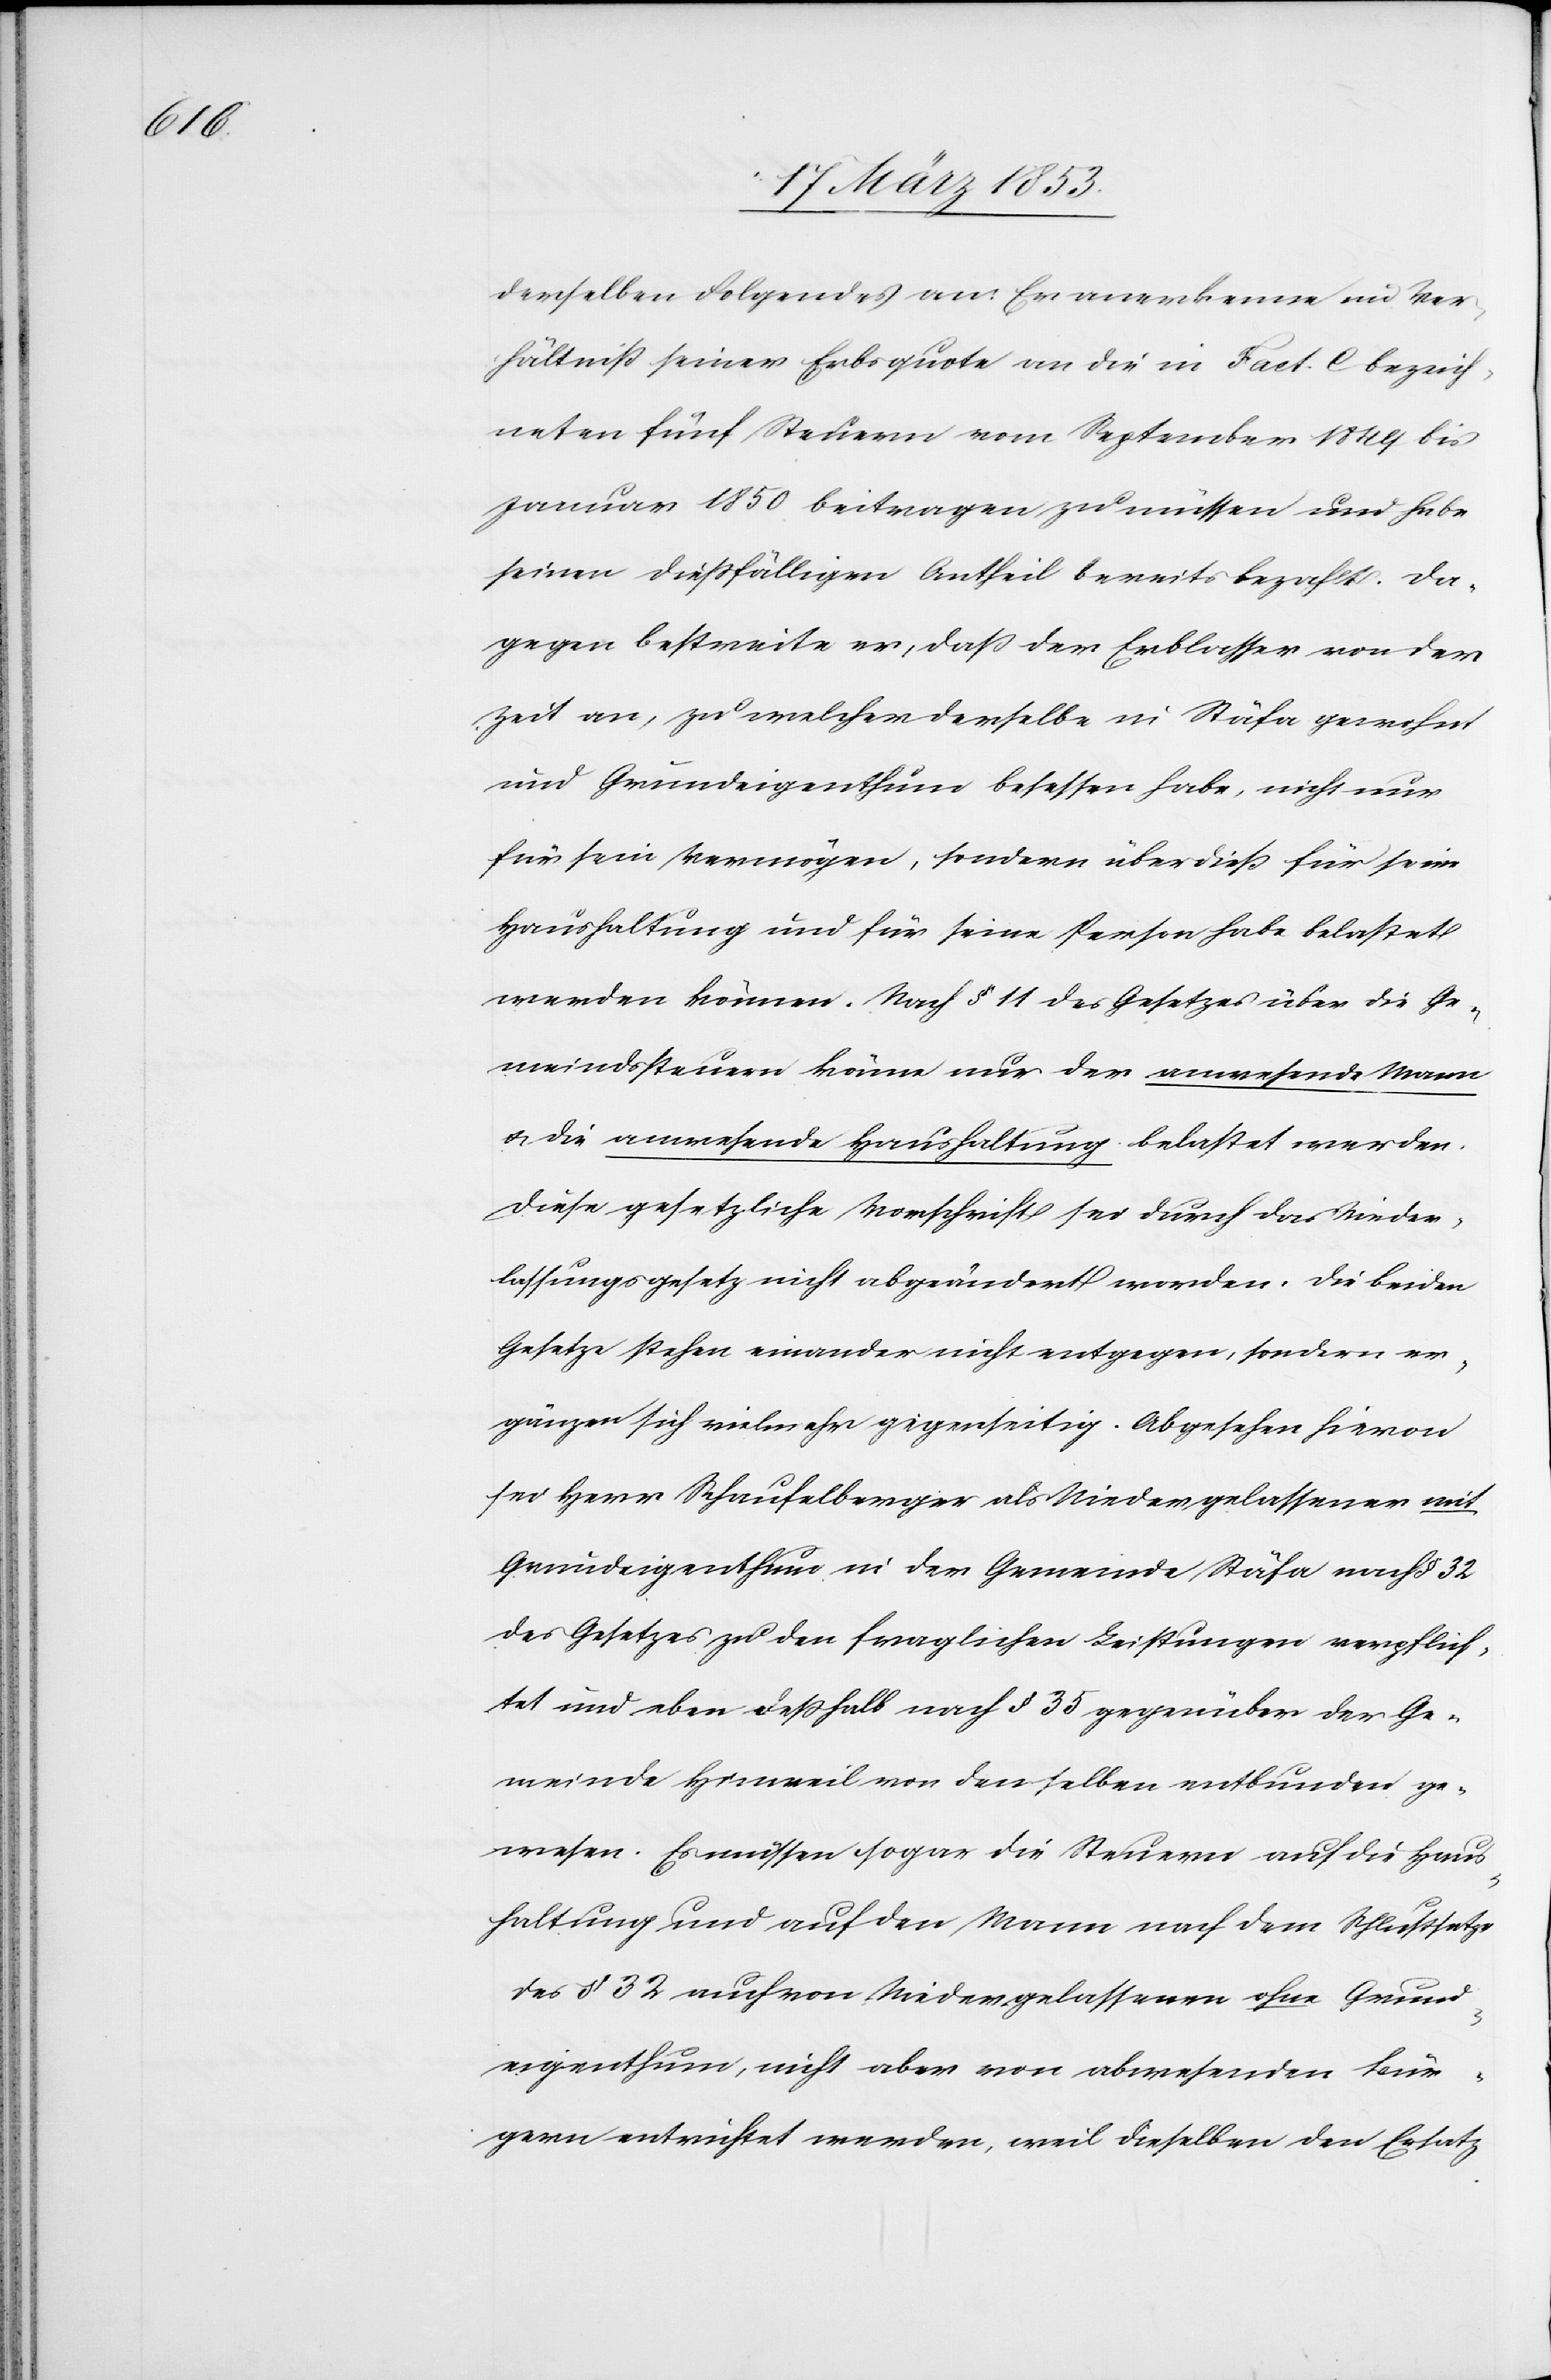
derselben Folgendes an: Er anerkenne im Ver¬
hältniß seiner Erbsquote an die in Fact. C. bezeich¬
neten fünf Steuern vom September 1844 bis
Januar 1850 beitragen zu müssen und habe
seinen dießfälligen Antheil bereits bezahlt. Da¬
gegen bestreite er, daß der Erblasser von der
Zeit an, zu welcher derselbe in Stäfa gewohnt
und Grundeigenthum besessen habe, nicht nur
für sein Vermögen, sondern überdieß für seine
Haushaltung und für seine Person habe belastet
werden können. Nach § 11 des Gesetzes über die Ge¬
meindssteuern könne nur der anwesende Mann
u. die anwesende Haushaltung belastet werden.
Diese gesetzliche Vorschrift sei durch das Nieder¬
lassungsgesetz nicht abgeändert worden. Die beiden
Gesetze stehen einander nicht entgegen, sondern er¬
gänzen sich vielmehr gegenseitig. Abgesehen hievon
sei Herr Schaufelberger als Niedergelassener mit
Grundeigenthum in der Gemeinde Stäfa nach § 32
des Gesetzes zu den fraglichen Leistungen verpflich¬
tet und eben deßhalb nach § 35 gegenüber der Ge¬
meinde Hinweil von denselben entbunden ge¬
wesen. Es müssen sogar die Steuern auf die Haus¬
haltung und auf den Mann nach dem Schlusssatze
des § 32 auch von Niedergelassenen ohne Grund¬
eigenthum, nicht aber von abwesenden Bür¬
gern entrichtet werden, weil dieselben den Ersatz